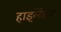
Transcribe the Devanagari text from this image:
हाइलेंडस